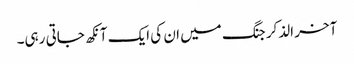
آخر الذکر جنگ میں ان کی ایک آنکھ جاتی رہی۔